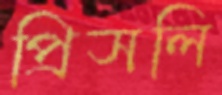
প্রিসলি